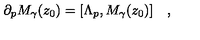
\partial _ { p } M _ { \gamma } ( z _ { 0 } ) = [ \Lambda _ { p } , M _ { \gamma } ( z _ { 0 } ) ] \quad ,